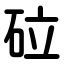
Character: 砬